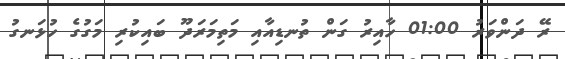
ރޭ ދަންވަރު 01:00 ހާއިރު ގަން ތުނޑިއާއި މަތިމަރަދޫ ބައިކުރި މަގުގެ ހުޅަނގު